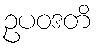
ဥပဝဒတိ